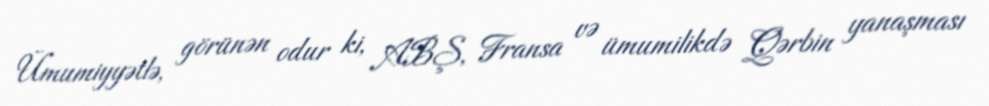
Ümumiyyətlə, görünən odur ki, ABŞ, Fransa və ümumilikdə Qərbin yanaşması